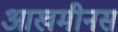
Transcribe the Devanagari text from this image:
आखमीनस